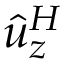
\hat { u } _ { z } ^ { H }